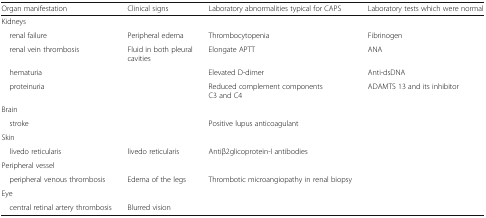
| Organ manifestation | Clinical signs | Laboratory abnormalities typical for CAPS | Laboratory tests which were normal |
 | --- | --- | --- | --- |
 | <COLSPAN=4> Kidneys |
 | renal failure | Peripheral edema | Thrombocytopenia | Fibrinogen |
 | renal vein thrombosis | Fluid in both pleural cavities | Elongate APTT | ANA |
 | hematuria |  | Elevated D-dimer | Anti-dsDNA |
 | proteinuria |  | Reduced complement components C3 and C4 | ADAMTS 13 and its inhibitor |
 | <COLSPAN=4> Brain |
 | stroke |  | Positive lupus anticoagulant |  |
 | <COLSPAN=4> Skin |
 | livedo reticularis | livedo reticularis | Antiβ2glicoprotein-I antibodies |  |
 | <COLSPAN=4> Peripheral vessel |
 | peripheral venous thrombosis | Edema of the legs | Thrombotic microangiopathy in renal biopsy |  |
 | <COLSPAN=4> Eye |
 | central retinal artery thrombosis | Blurred vision |  |  |